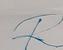
Signature authenticity: forged